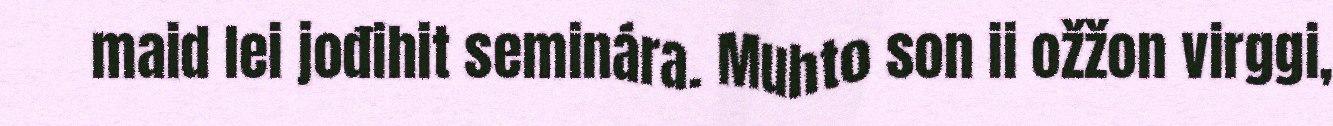
maid lei jođihit seminára. Muhto son ii ožžon virggi,